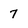
Character: 7